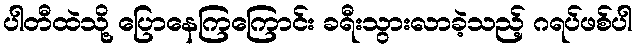
ပါတီထဲသို့ ပြောနေကြကြောင်း ခရီးသွားလာခဲ့သည့် ဂရပ်ဖစ်ပါ